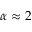
\alpha \approx 2